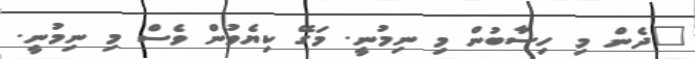
"ދެން މި ހިސާބުން މި ނިމުނީ. މަގޭ ކިޔެވުން ވެސް މި ނިމުނީ.